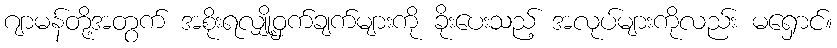
ဂျာမန်တို့အတွက် အစိုးရလျှို့ဝှက်ချက်များကို ခိုးပေးသည့် အလုပ်များကိုလည်း မရှောင်။